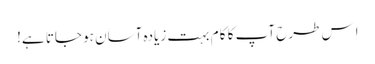
اِس طرح آپ کا کا م بہت زیادہ آساَن ہو جاتا ہے!